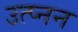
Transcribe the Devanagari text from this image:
उत्प्नन